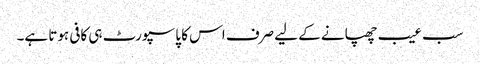
سب عیب چھپانے کے لیے صرف اس کا پاسپورٹ ہی کافی ہوتا ہے۔